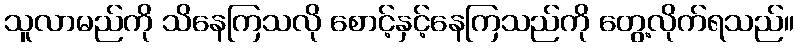
သူလာမည်ကို သိနေကြသလို စောင့်နှင့်နေကြသည်ကို တွေ့လိုက်ရသည်။